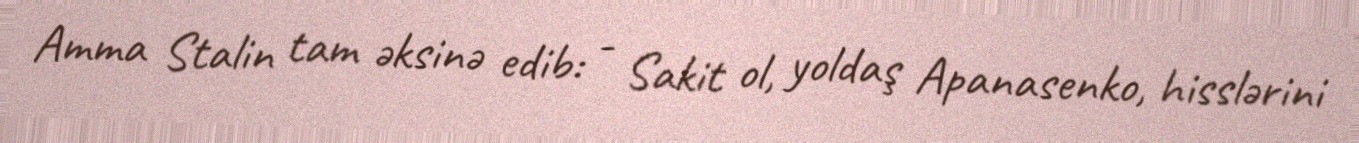
Amma Stalin tam əksinə edib: - Sakit ol, yoldaş Apanasenko, hisslərini